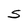
Character: S